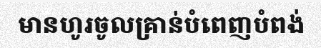
មានហូរចូលគ្រាន់បំពេញបំពង់